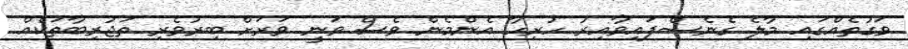
ވަގުތެއްގައި މާލެ ގެނެސްފައިވާއިރު ހުރިހާ އެންމެން ވެސް ވަނީ ވަރަށް ބިރުވެރި ތަޖުރިބާތަކެއް